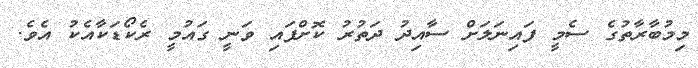
މިމުބާރާތުގެ ސެމީ ފައިނަލަށް ސާއިދު ދަތުރު ކޮށްފައި ވަނީ ގައުމީ ރެކޯޑަކާއެކު އެވެ.